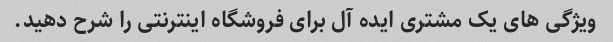
ویژگی های یک مشتری ایده آل برای فروشگاه اینترنتی را شرح دهید.